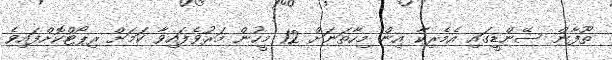
ތޫފާން ސޭންޑީގައި އެމެރިކާ އިން މިހާތަނަށް 12 މީހުން މަރުވެފައިވާ ކަމަށް ރިޕޯޓްކޮށްފައިވެ